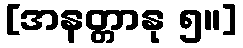
[အနတ္တာနု ၅။]